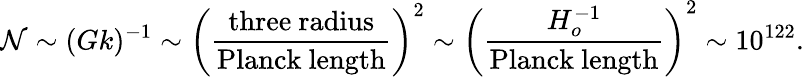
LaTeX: \mathcal{N}\sim(Gk)^{-1}\sim\left({\frac{{\mathrm{{three\ radius}}}}{{\mathrm{{Planck\ length}}}}}\right)^{2}\sim\left({\frac{{H_{o}^{-1}}}{{\mathrm{{Planck\ length}}}}}\right)^{2}\sim10^{122}.